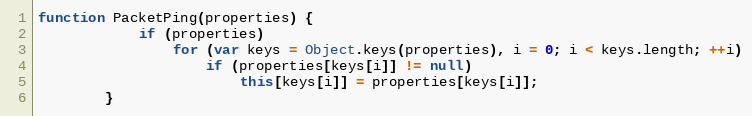
Language: JavaScript
function PacketPing(properties) {
			if (properties)
				for (var keys = Object.keys(properties), i = 0; i < keys.length; ++i)
					if (properties[keys[i]] != null)
						this[keys[i]] = properties[keys[i]];
		}